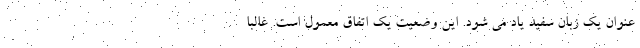
عنوان یک زبان سفید یاد می شود. این وضعیت یک اتفاق معمول است. غالباً